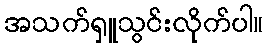
အသက်ရှူသွင်းလိုက်ပါ။